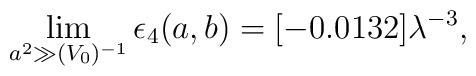
\lim_{a^2 \gg (V_0)^{-1}} \epsilon_4(a,b)=[-0.0132] \lambda^{-3},